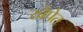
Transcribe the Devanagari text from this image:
खेपेत